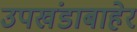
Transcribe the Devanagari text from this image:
उपखंडाबाहेर